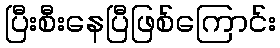
ပြီးစီးနေပြီဖြစ်ကြောင်း